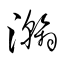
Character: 瀚